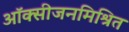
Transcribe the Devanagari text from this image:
ऑक्सीजनमिश्रित